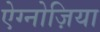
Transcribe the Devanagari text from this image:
ऐग्नोज़िया